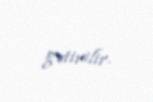
gətirilir.